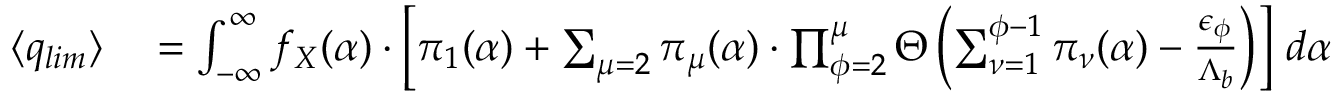
\begin{array} { r l } { \langle q _ { l i m } \rangle } & { { } = \int _ { - \infty } ^ { \infty } f _ { X } ( \alpha ) \cdot \left[ { \pi } _ { 1 } ( \alpha ) + \sum _ { \mu = 2 } { \pi } _ { \mu } ( \alpha ) \cdot \prod _ { \phi = 2 } ^ { \mu } \Theta \left( \sum _ { \nu = 1 } ^ { \phi - 1 } { \pi } _ { \nu } ( \alpha ) - \frac { { \epsilon } _ { \phi } } { { \Lambda } _ { b } } \right) \right] \, d \alpha } \end{array}